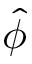
\hat { \phi }